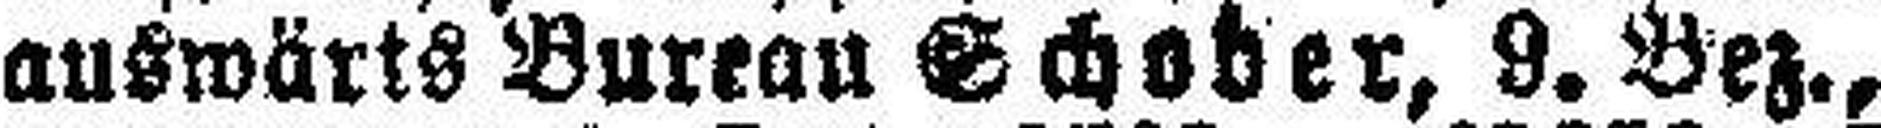
auswärts Bureau Schober, 9. Bez.,